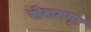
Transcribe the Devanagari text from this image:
सेरामपूर